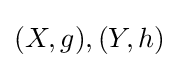
(X,g),(Y,h)